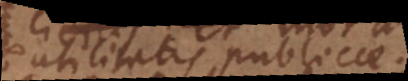
utilitatis publicae.